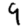
Digit: 9